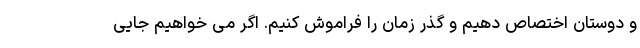
و دوستان اختصاص دهیم و گذر زمان را فراموش کنیم. اگر می خواهیم جایی